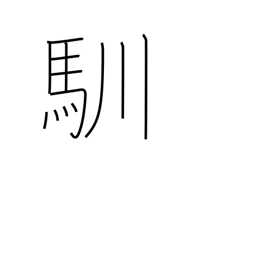
Meaning: get used to